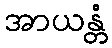
အာယန္တံ